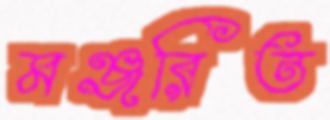
মঞ্জরিত